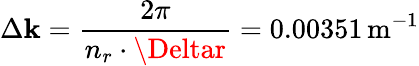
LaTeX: \Delta\mathbf{k}=\frac{{2\pi}}{{n_{r}\cdot\Deltar}}=0.00351\, \mathrm{{m}}^{-1}